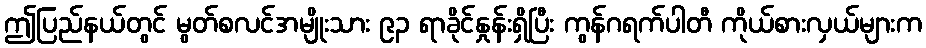
ဤပြည်နယ်တွင် မွတ်စလင်အမျိုးသား ၉၃ ရာခိုင်နှုန်းရှိပြီး ကွန်ဂရက်ပါတီ ကိုယ်စားလှယ်များက